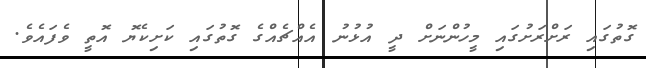
ގޮތުގައި ރަށްރަށުގައި މީހުންނަށް ދީ އުޅުނު އެއްޗެއްގެ ގޮތުގައި ކަށިކެޔޮ އޮތީ ވެފައެވެ.